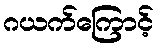
ဂယက်ကြောင့်